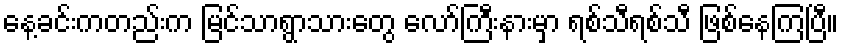
နေ့ခင်းကတည်းက မြင်သာရွာသားတွေ လော်ကြီးနားမှာ ရစ်သီရစ်သီ ဖြစ်နေကြပြီ။